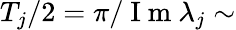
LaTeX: T_{j}/2=\pi/\mathrm{~I~m~}\lambda_{j}\sim